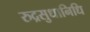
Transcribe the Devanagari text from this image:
रुद्रसुधानिधि